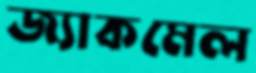
জ্যাকমেল